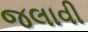
જલાવી